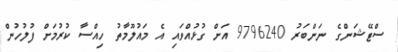
ސްޓޭޝަންގެ ނަންބަރު 9796240 އަށް ގުޅުއްވައި އެ މައުލޫމާތު ހިއްސާ ކުރުމަށް ފުލުހުން